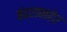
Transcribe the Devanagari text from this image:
बंदराबाहेर